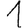
Digit: 1